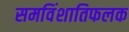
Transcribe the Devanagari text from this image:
समविंशातिफलक